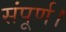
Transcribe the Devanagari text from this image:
संपूर्ण।